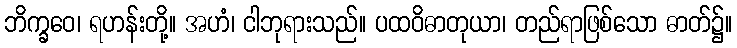
ဘိက္ခဝေ၊ ရဟန်းတို့။ အဟံ၊ ငါဘုရားသည်။ ပထဝိဓာတုယာ၊ တည်ရာဖြစ်သော ဓာတ်၌။